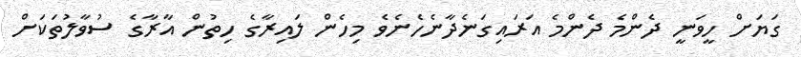
ގަޔަށް ހީވަނީ ދެންމެ ދެންމެ އަރައިގަނެދާނެހެނެވެ މިހެން ލައިރާގެ ހިތުން އާރާގެ ސުވާލުތަކަށް